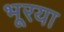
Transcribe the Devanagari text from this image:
भूरया